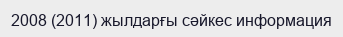
2008 (2011) жылдарғы сәйкес информация